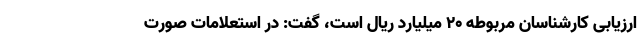
ارزیابی کارشناسان مربوطه ۲۰ میلیارد ریال است، گفت: در استعلامات صورت